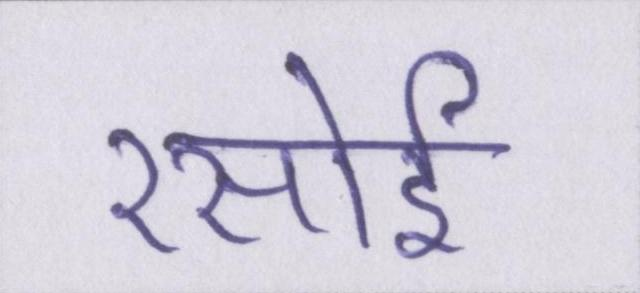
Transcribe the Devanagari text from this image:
रसोई